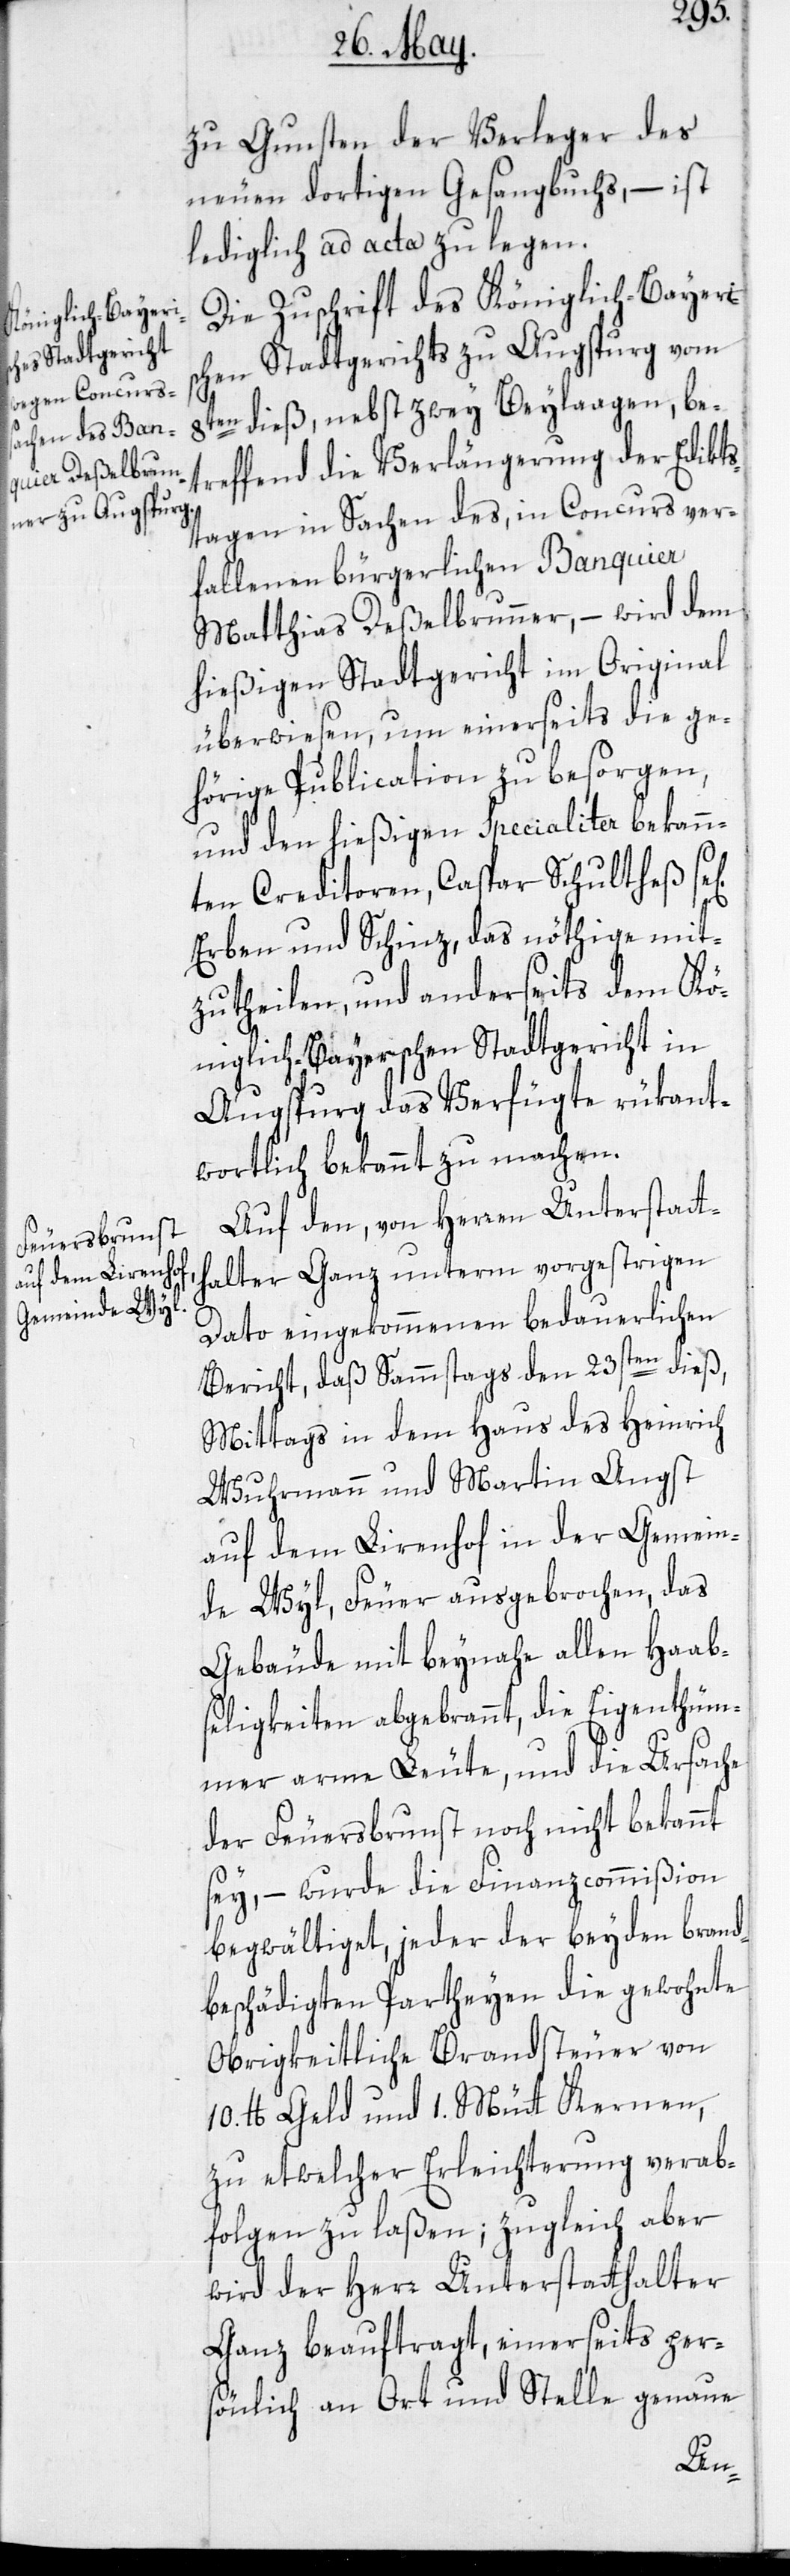
zu Gunsten der Verleger des
neuen dortigen Gesangbuchs, – ist
lediglich ad acta zu legen.
Die Zuschrift des Königlich-Bayeris¬
chen Stadtgerichts zu Augspurg vom
8ten dieß, nebst zwey Beylaagen, be¬
treffend die Verlängerung der Edikts¬
tagen in Sachen des, in Concurs ver¬
fallenen bürgerlichen Banquier
Matthias Deßelbrunner, – wird dem
hießigen Stadtgericht im Original
überwiesen, um einerseits die ge¬
hörige Publication zu besorgen,
und den hießigen Specialiter bekann¬
ten Creditoren, Caspar Schultheß
Erben und Schinz, das nöthige mit¬
zutheilen, und anderseits dem Kö¬
niglich-Bayerschen Stadtgericht in
Augspurg das Verfügte rükant¬
wortlich bekannt zu machen.
Auf den, von Herren Unterstatt¬
halter Ganz unterm vorgestrigen
Dato eingekommenen bedauerlichen
Bericht, daß Sammstags den 23sten dieß,
Mittags in dem Haus des Heinrich
Wuhrmann und Martin Angst
auf dem Lirenhof in der Gemein¬
de Wyl, Feuer ausgebrochen, das
Gebäude mit beynahe allen Haab¬
seligkeiten abgebrannt, die Eigenthüm¬
mer arme Leute, und die Ursache
der Feuersbrunst noch nicht bekannt
sey, – wurde die Finanzcommißion
begwältiget, jeder der beyden brand¬
beschädigten Partheyen die gewohnte
Obrigkeitliche Brandsteuer von
10. lb Geld und 1. Mütt Kernen,
zu etwelcher Erleichterung verab¬
folgen zu laßen; zugleich aber
wird der Herr Unterstatthalter
Ganz beauftragt, einerseits pers¬
önlich an Ort und Stelle genaue